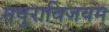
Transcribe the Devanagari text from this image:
मधुराविजयम्